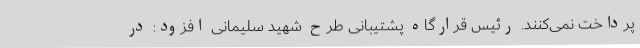
پرداخت نمی‌کنند. رئیس قرارگاه پشتیبانی طرح شهید سلیمانی افزود: در